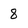
Character: 8